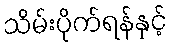
သိမ်းပိုက်ရန်နှင့်